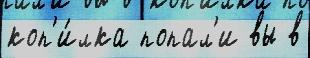
коп'и́лка попал'и вы в